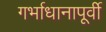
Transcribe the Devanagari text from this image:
गर्भाधानापूर्वी